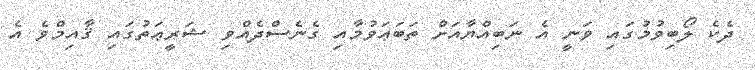
ދެކެ ލޯބިވުމުގައި ވަނީ އެ ނަބިއްޔާއަށް ތަބަޢަވުމާއި ގެނެސްދެއްވި ޝަރީޢަތުގައި ޤާއިމްވެ އެ